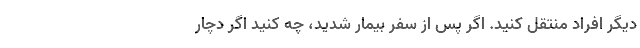
دیگر افراد منتقل کنید. اگر پس از سفر بیمار شدید، چه کنید اگر دچار